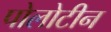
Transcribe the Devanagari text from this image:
पोलोटीन